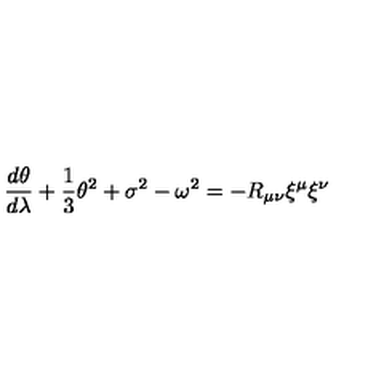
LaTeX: \frac { d \theta } { d \lambda } + \frac { 1 } { 3 } \theta ^ { 2 } + \sigma ^ { 2 } - \omega ^ { 2 } = - R _ { \mu \nu } \xi ^ { \mu } \xi ^ { \nu }